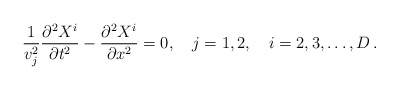
\begin{align*}\frac{1}{v_j^2}\frac{\partial^2X^i}{\partial t^2} -\frac{\partial^2X^i}{\partial x^2} = 0,\quad j= 1,2, \quad i=2,3,\dots ,D\,{.}\end{align*}